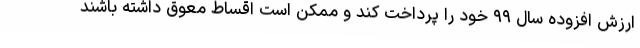
ارزش افزوده سال ۹۹ خود را پرداخت کند و ممکن است اقساط معوق داشته باشند